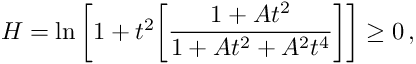
H = \ln \bigg [ 1 + t ^ { 2 } \bigg [ \frac { 1 + A t ^ { 2 } } { 1 + A t ^ { 2 } + A ^ { 2 } t ^ { 4 } } \bigg ] \bigg ] \geq 0 \, ,